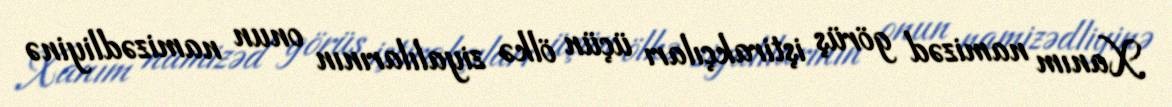
Xanım namizəd görüş iştirakçıları üçün ölkə ziyalılarının onun namizədliyinə